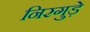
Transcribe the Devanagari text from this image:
निरगुड़े